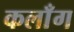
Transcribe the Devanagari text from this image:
कलाँग